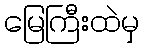
မြေကြီးထဲမှ